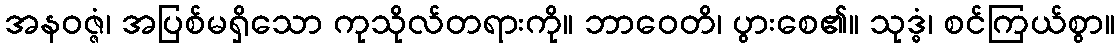
အနဝဇ္ဇံ၊ အပြစ်မရှိသော ကုသိုလ်တရားကို။ ဘာဝေတိ၊ ပွားစေ၏။ သုဒ္ဓံ၊ စင်ကြယ်စွာ။